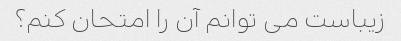
زیباست می توانم آن را امتحان کنم؟